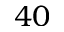
4 0